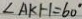
\angle A K H = 6 0 ^ { \circ }